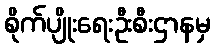
စိုက်ပျိုးရေးဦးစီးဌာနမှ